Subject: physics
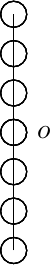
LaTeX code:
  \begin{tikzpicture}[scale=0.5]
    \node[label=right:{$o$},draw, circle] at (0,4) {};
    \foreach \i in {1,...,4}
      \foreach \j in {1,...,7}{
        \node[draw, circle] at (0,\j) {};
        }
    \foreach \i in {1,...,1}
      \foreach \j in {1,...,6}{
        \draw (0,\j) edge (0, \j+1);
      }
  \end{tikzpicture}